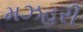
મઝહરી